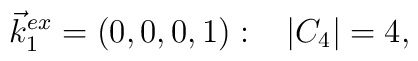
\vec {k}_1^{ex}= (0,0,0,1):\,\,\,\,\,|C_4|=4,